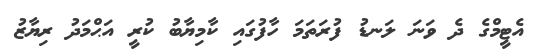
އެޓީމްގެ ދެ ވަނަ ލަނޑު ފުރަތަމަ ހާފުގައި ކާމިޔާބު ކުރީ އަޙްމަދު ރިޔާޒު